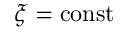
\xi = \mathrm { c o n s t }